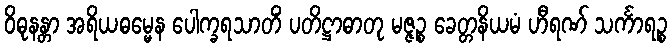
ဝိဓုနန္တာ အရိယဓမ္မေန ပေါက္ခရသာတိံ ပတိဋ္ဌာဓာတု မဇ္ဇဉ္စ ခေတ္တနိယမံ ဟီရဏ် သင်္ကာရဉ္စ